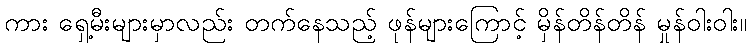
ကား ရှေ့မီးများမှာလည်း တက်နေသည့် ဖုန်များကြောင့် မှိန်တိန်တိန် မှုန်ဝါးဝါး။